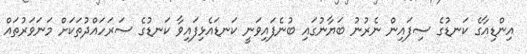
އިންޑިއާގެ ކަނޑުގެ ސިފައިން ނެރުނު ބަޔާނުގައި ބުނެފައިވަނީ ކަނޑައެޅިފައިވާ ކަނޑުގެ ސަރަހައްދުތަކަށް މަނަވަރުތައް